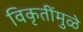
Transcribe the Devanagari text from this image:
विकृतींमुळे